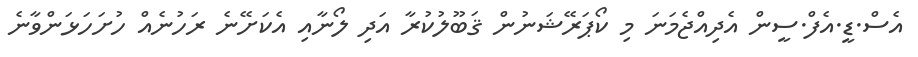
އެސް.ޑީ.އެފް.ސީން އެދިއްޖެމަނަ މި ކޯޕަރޭޝަނުން ޤަބޫލުކުރާ އަދި ލޯނާއި އެކަށޭނެ ރަހުނެއް ހުށަހަޅަންވާނެ